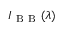
I _ { \mathrm { ~ B ~ B ~ } } ( \lambda )